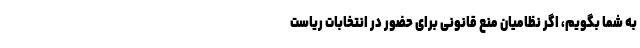
به شما بگویم، اگر نظامیان منع قانونی برای حضور در انتخابات ریاست